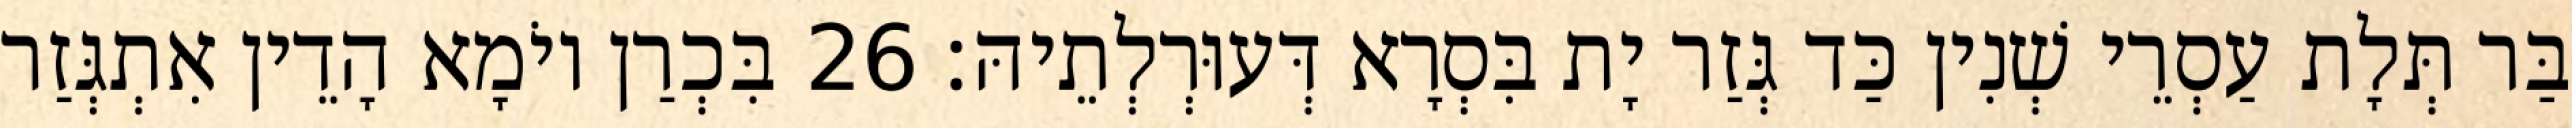
בַּר תְּלָת עַסְרֵי שְׁנִין כַּד גְּזַר יָת בִּסְרָא דְּעוּרְלְתֵיהּ׃ 26 בִּכְרַן יוֹמָא הָדֵין אִתְגְּזַר